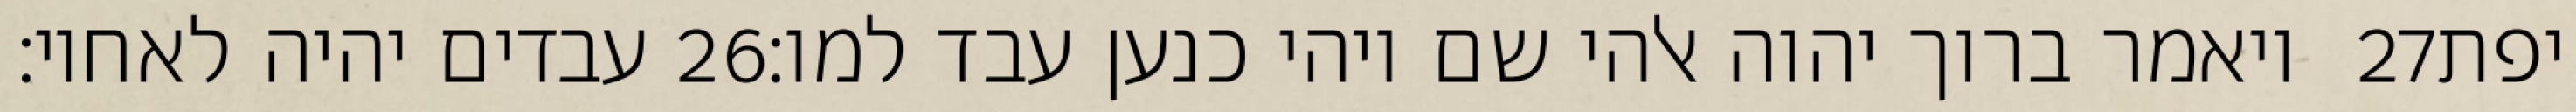
עבדים יהיה לאחיו׃ ‎26‏ ויאמר ברוך יהוה אלהי שם ויהי כנען עבד למו׃ ‎27‏ יפת